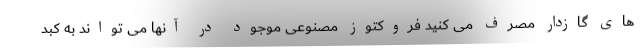
های گازدار مصرف می کنید فروکتوز مصنوعی موجود در آنها می تواند به کبد